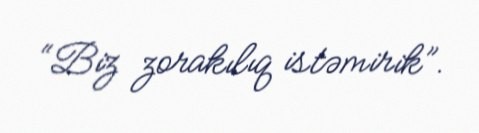
“Biz zorakılıq istəmirik”.